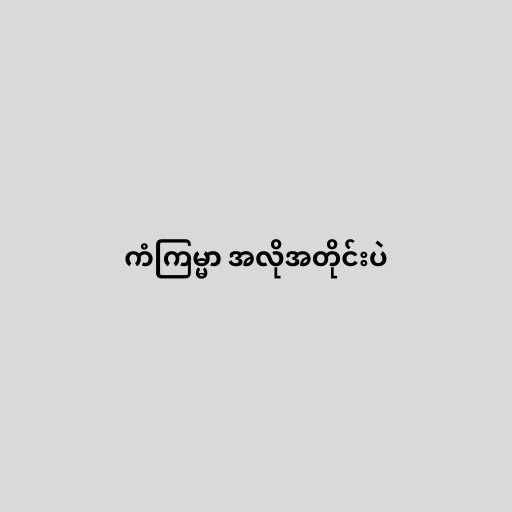
ကံကြမ္မာ အလိုအတိုင်းပဲ